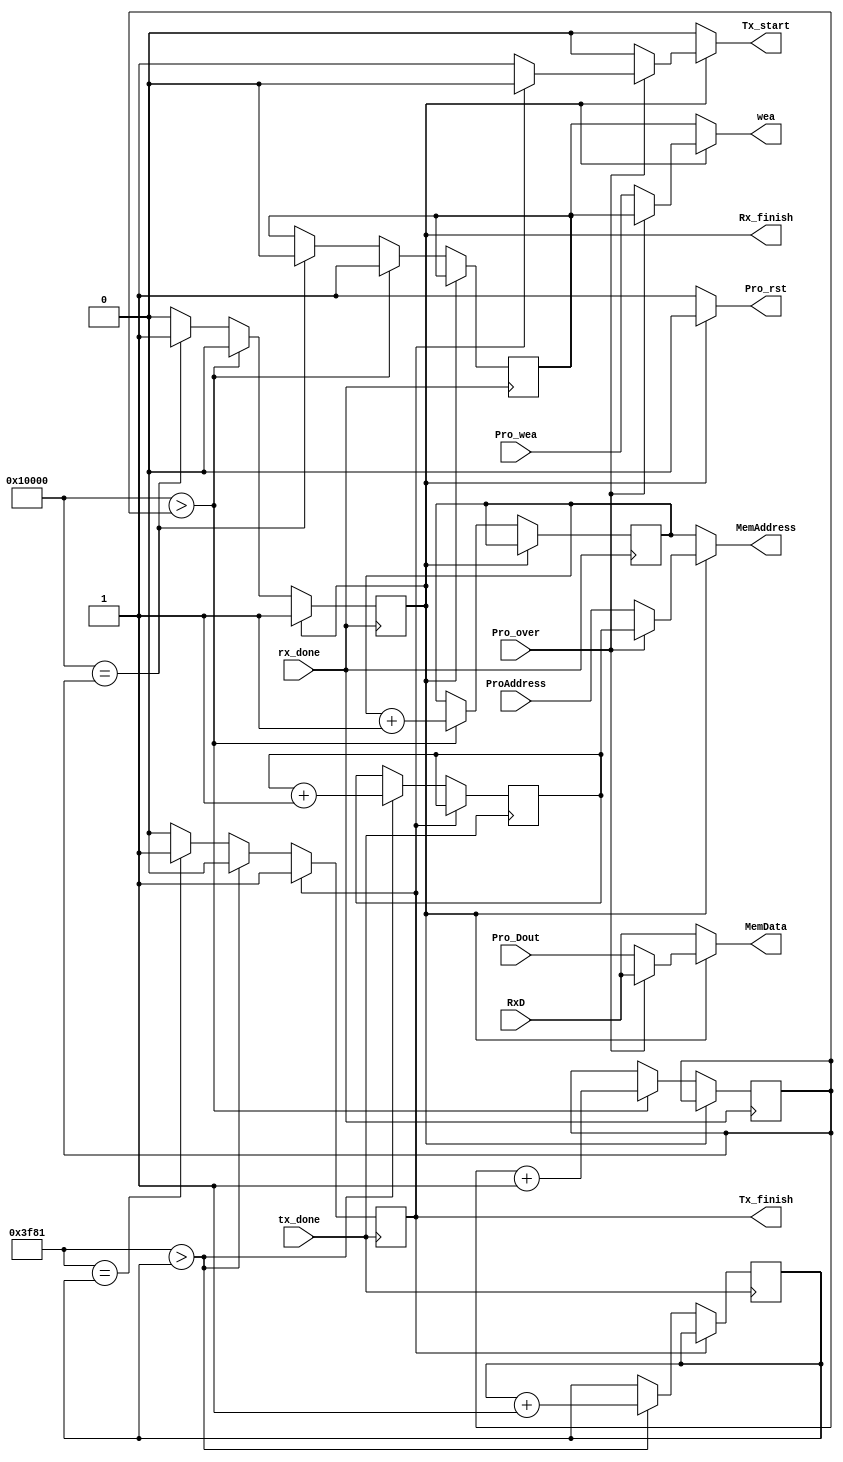
module Address_controller(
	input rx_done,tx_done,Pro_over,
	input [7:0] RxD,
	input Pro_wea,
	input [7:0] Pro_Dout,
	input [17:0] ProAddress,
	output reg [17:0] MemAddress,
	output reg [7:0] MemData,
	output reg Pro_rst,
	output reg wea,
	output reg Tx_start,
	output reg Rx_finish=1'b0,
	output reg Tx_finish=1'b0
    );
	
	localparam iba= 18'd7; //in begin address
	localparam oba= 18'd7; //out begin address
	localparam size= 18'd65536; 
	localparam out_size= 18'd16257;
	reg u_wea=1'b1;
	reg [17:0] Rcounter= 18'd1;
	reg [17:0] Tcounter= 18'd1;
	reg [17:0] Rxaddress=18'd7;
	reg [17:0] Txaddress=18'd65543;
	
	//Receiver addressing
	always @(posedge rx_done)
	begin
		if (~Rx_finish) begin
			if (size>Rcounter) begin
				u_wea=1'b1;
				Rxaddress=Rxaddress+1;
				Rcounter=Rcounter+1; end
			else if (size==Rcounter) begin
				Rx_finish=1'b1;
				u_wea=1'b0; end
			end
	end
	
	//Transmitter addressing
	always @(posedge tx_done) 
	begin
		if (~Tx_finish) begin
			if (out_size>Tcounter) begin
				Txaddress=Txaddress+1;
				Tcounter=Tcounter+1; end
			else if (out_size==Tcounter)
				Tx_finish=1'b1;
		end
	end

	//Final assignments
	always@(Rx_finish or Tx_finish or Pro_over or Rxaddress or RxD or u_wea or ProAddress or Pro_Dout or Pro_wea or Txaddress)
	begin
		if(~Rx_finish) //Recieving img
			begin 
				MemAddress=Rxaddress;
				MemData=RxD;
				wea=u_wea;
				Tx_start=0;
				Pro_rst=1;
			end
		else if(~Pro_over) //Processing
			begin
				MemAddress=ProAddress;
				MemData=Pro_Dout;
				wea=Pro_wea;
				Tx_start=0;
				Pro_rst=0;
			end
		else if(~Tx_finish) //Transmitting
			begin 
				MemAddress=Txaddress;
				MemData=RxD;
				wea=u_wea;
				Tx_start=1;
				Pro_rst=0;
			end
		else  //Over
			begin
				MemAddress=Txaddress;
				MemData=RxD;
				wea=u_wea;
				Tx_start=0;
				Pro_rst=0;
			end
	end

endmodule